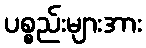
ပစ္စည်းများအား